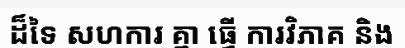
ដ៏ទៃ សហការ គ្នា ធ្វើ ការវិភាគ និង